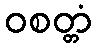
ဝစတ္တံ